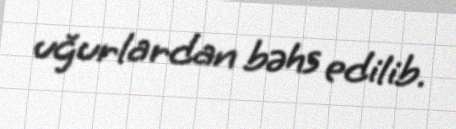
uğurlardan bəhs edilib.